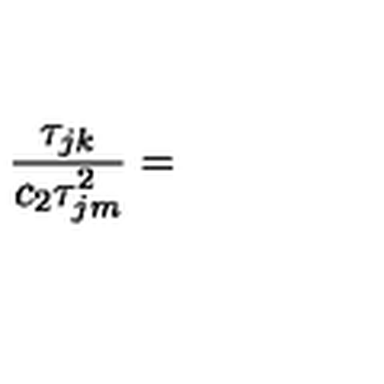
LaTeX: { \frac { \tau _ { j k } } { c _ { 2 } \tau \sp 2 _ { j m } } } =